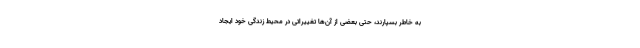
به خاطر بسپارند، حتی بعضی از آن‌ها تغییراتی در محیط زندگی خود ایجاد